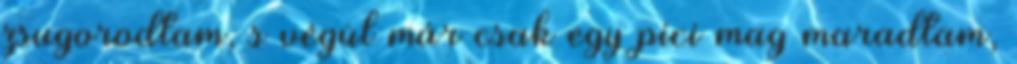
zsugorodtam, s végül már csak egy pici mag maradtam,